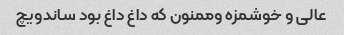
عالی و خوشمزه و‌ممنون که داغ داغ بود ساندویچ